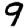
Digit: 9